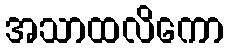
အသာထလိကော